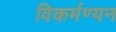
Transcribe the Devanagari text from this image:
विकर्मण्यन